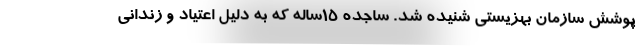
پوشش سازمان بهزیستی شنیده شد. ساجده ۱۵ساله که به ‌دلیل اعتیاد و زندانی